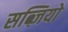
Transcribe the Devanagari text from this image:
सब्ज़ियो